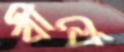
বীর্যে